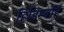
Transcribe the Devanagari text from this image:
हिडिम्बहि